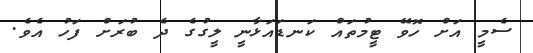
ސެމީ އަށް ހޮވޭ ޓީމުތައް ކަނޑައަޅާނީ ލީގުގެ ދެ ބުރަށް ފަހު އެވެ.